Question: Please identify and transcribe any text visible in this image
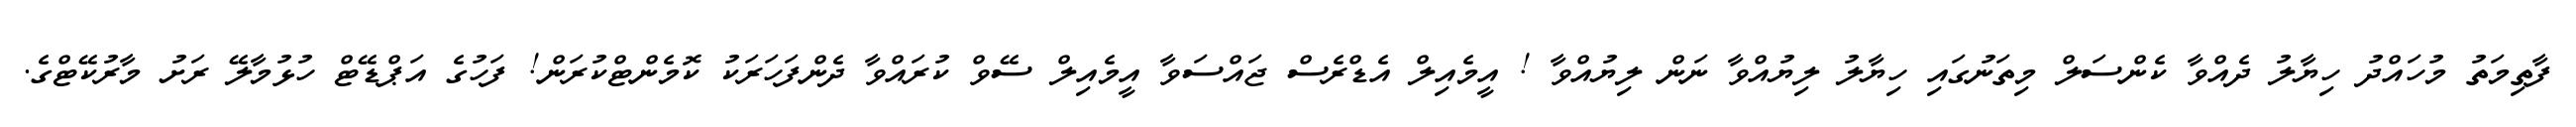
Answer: ފާތިމަތު މުހައްދު ހިޔާލު ދެއްވާ ކެންސަލް މިތަނުގައި ހިޔާލު ލިޔުއްވާ ނަން ލިޔުއްވާ ! އީމެއިލް އެޑްރެސް ޖައްސަވާ އީމެއިލް ސޭވް ކުރައްވާ ދެންފަހަރަކު ކޮމެންޓްކުރަން! ފަހުގެ އަޕްޑޭޓް ހުޅުމާލޭ ރަށު މާރުކޭޓްގެ.